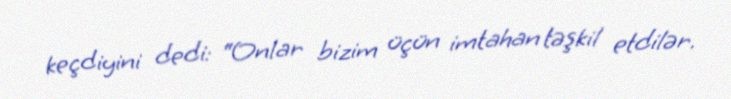
keçdiyini dedi: “Onlar bizim üçün imtahan təşkil etdilər.